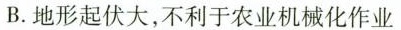
B.地形起伏大，不利于农业机械化作业